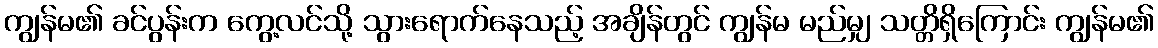
ကျွန်မ၏ ခင်ပွန်းက ကွေ့လင်သို့ သွားရောက်နေသည့် အချိန်တွင် ကျွန်မ မည်မျှ သတ္တိရှိကြောင်း ကျွန်မ၏